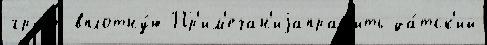
групп вплотну́ю Пр'им'ечан'иjаправ'ить да́тск'ий